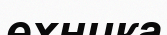
ехника